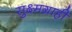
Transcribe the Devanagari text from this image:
सुक्ष्मग्राही